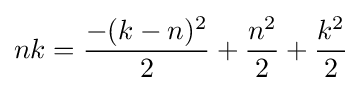
nk={\frac {-(k-n)^{2}}{2}}+{\frac {n^{2}}{2}}+{\frac {k^{2}}{2}}